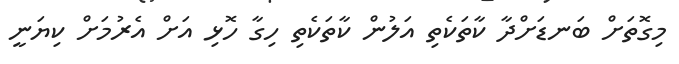
މިގޮތަށް ބަނޑަށްދާ ކާތަކެތި އަލުން ކާތަކެތި ހިގާ ހޮޅި އަށް އެރުމަށް ކިޔަނީ